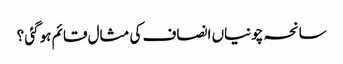
سانحہ چونیاں انصاف کی مثال قائم ہوگئی ؟